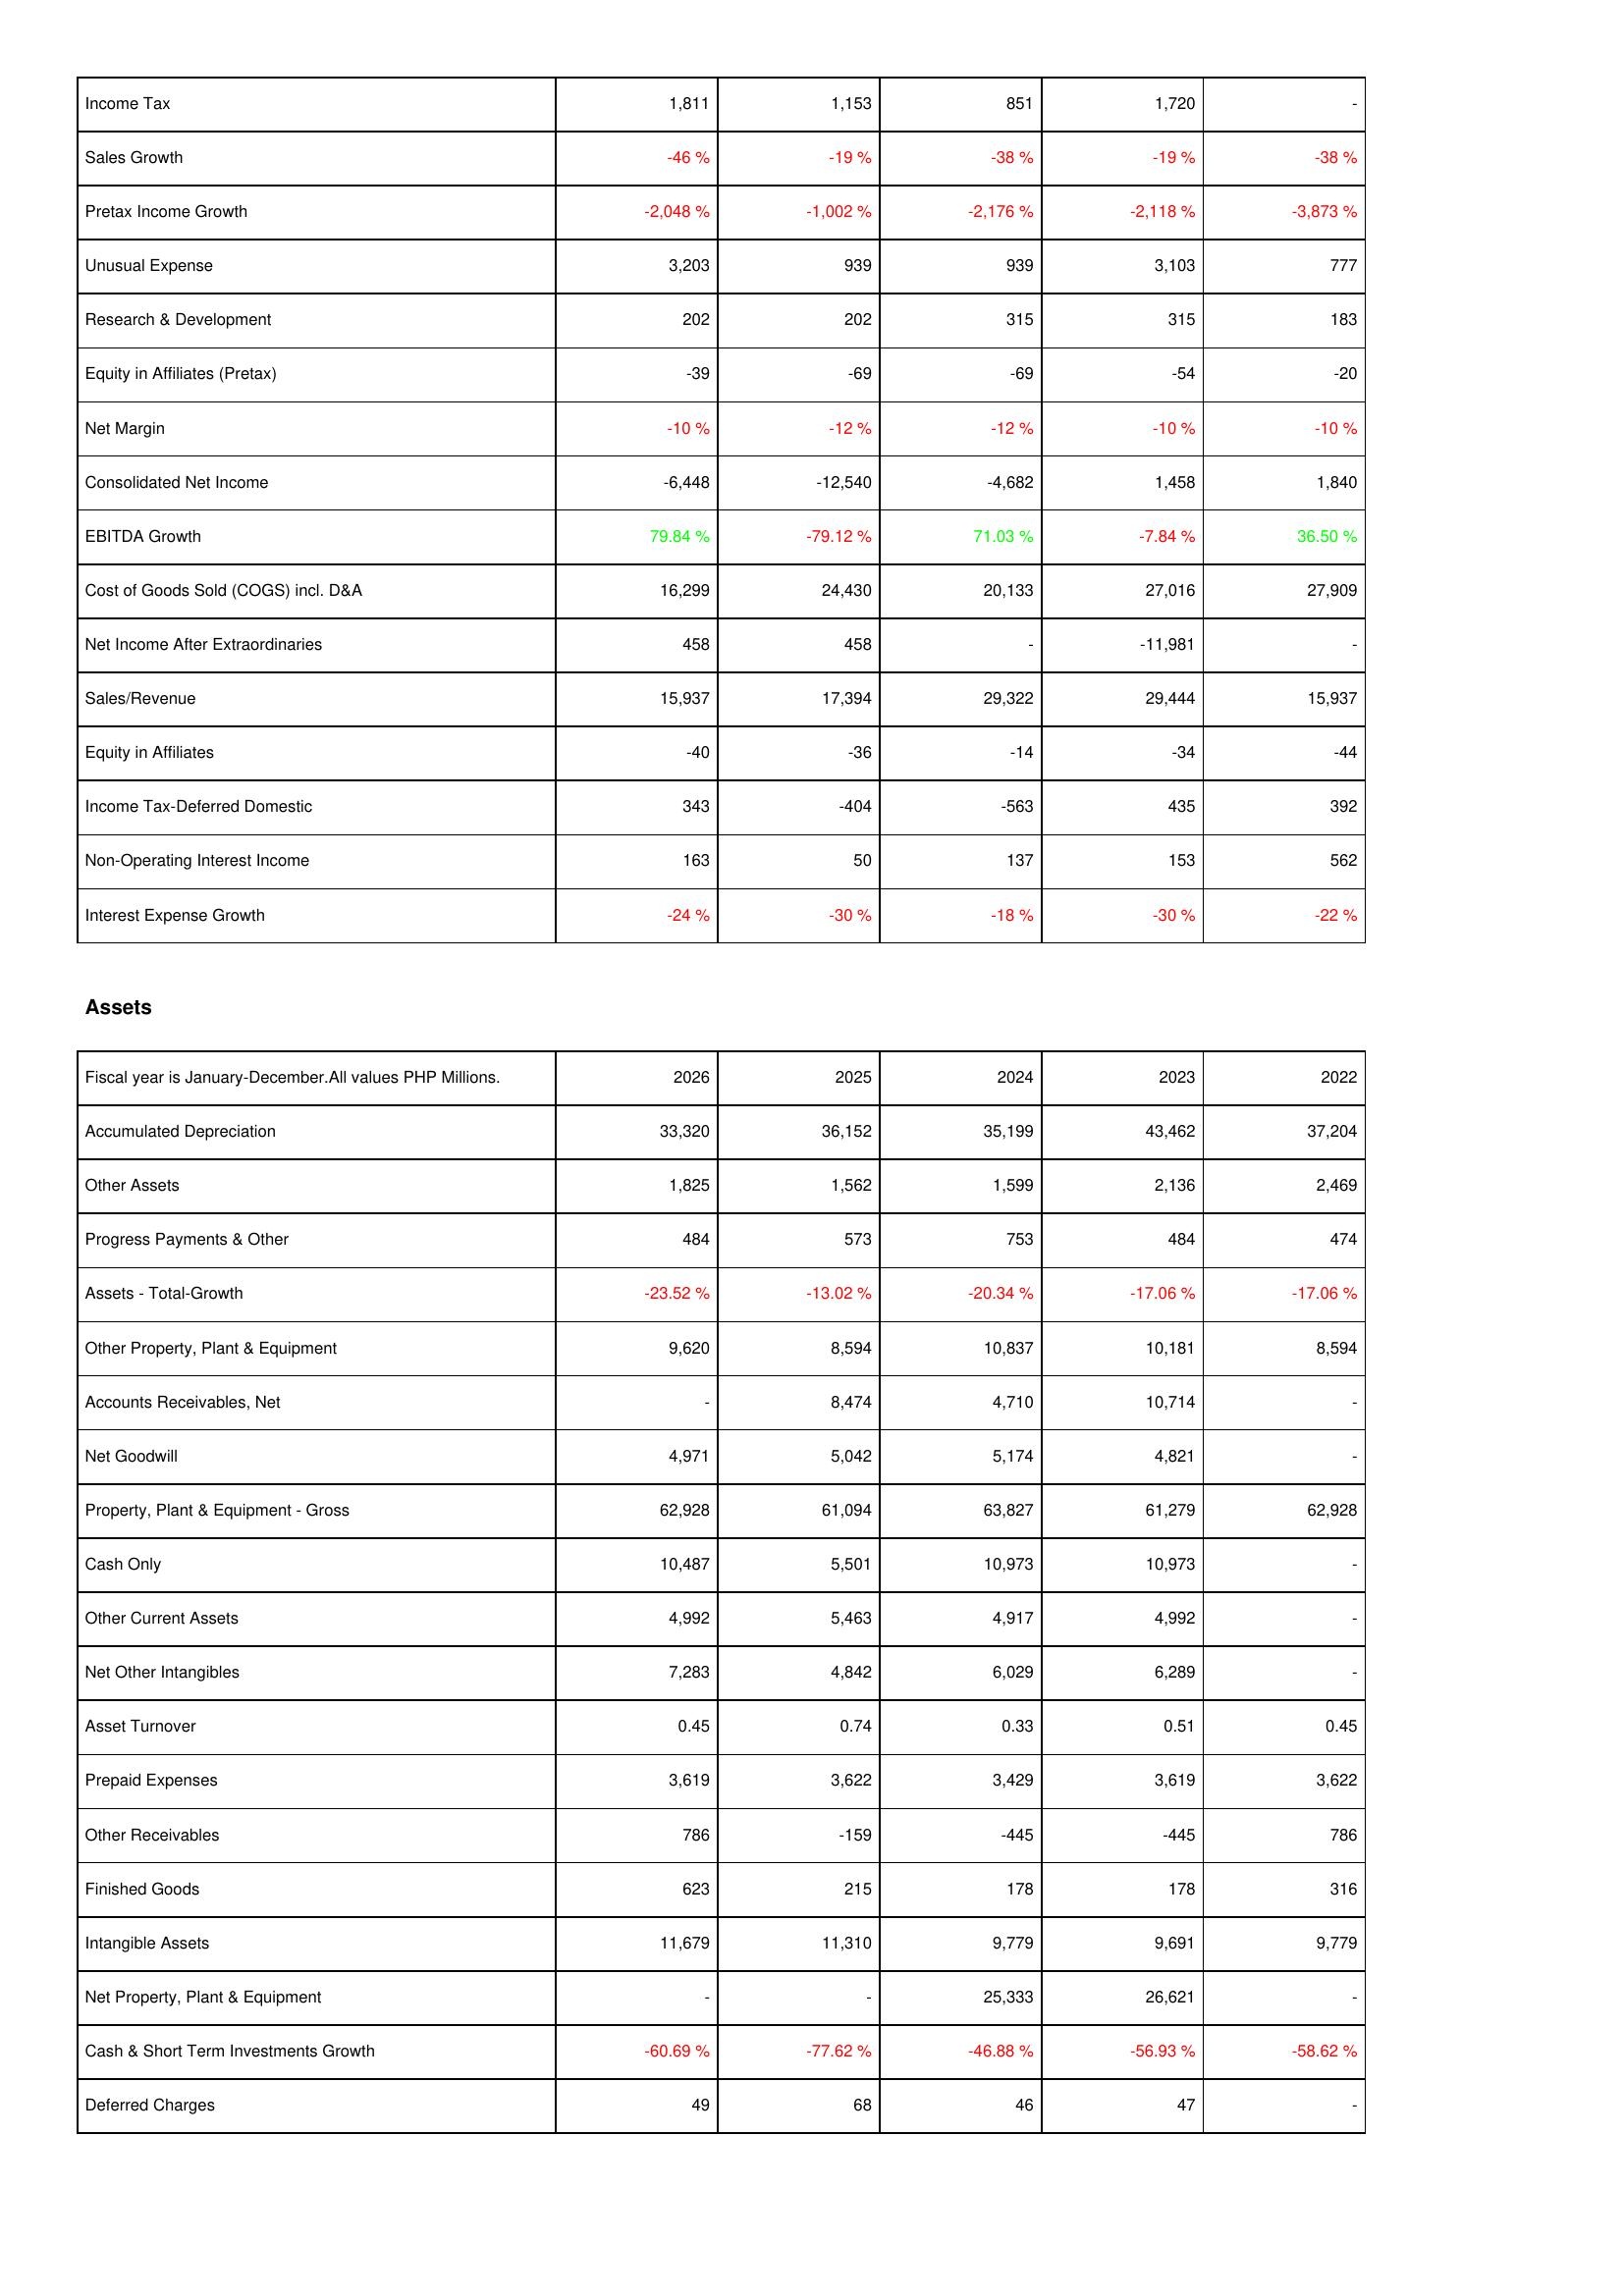
2026: Income Statement: Income Tax: 1,811
Sales Growth: -46 %
Pretax Income Growth: -2,048 %
Unusual Expense: 3,203
Research & Development: 202
Equity in Affiliates (Pretax): -39
Net Margin: -10 %
Consolidated Net Income: -6,448
EBITDA Growth: 79.84 %
Cost of Goods Sold (COGS) incl. D&A: 16,299
Net Income After Extraordinaries: 458
Sales/Revenue: 15,937
Equity in Affiliates: -40
Income Tax-Deferred Domestic: 343
Non-Operating Interest Income: 163
Interest Expense Growth: -24 %
Assets: Accumulated Depreciation: 33,320
Other Assets: 1,825
Progress Payments & Other: 484
Assets - Total-Growth: -23.52 %
Other Property, Plant & Equipment: 9,620
Accounts Receivables, Net: -
Net Goodwill: 4,971
Property, Plant & Equipment - Gross: 62,928
Cash Only: 10,487
Other Current Assets: 4,992
Net Other Intangibles: 7,283
Asset Turnover: 0.45
Prepaid Expenses: 3,619
Other Receivables: 786
Finished Goods: 623
Intangible Assets: 11,679
Net Property, Plant & Equipment: -
Cash & Short Term Investments Growth: -60.69 %
Deferred Charges: 49
2025: Income Statement: Income Tax: 1,153
Sales Growth: -19 %
Pretax Income Growth: -1,002 %
Unusual Expense: 939
Research & Development: 202
Equity in Affiliates (Pretax): -69
Net Margin: -12 %
Consolidated Net Income: -12,540
EBITDA Growth: -79.12 %
Cost of Goods Sold (COGS) incl. D&A: 24,430
Net Income After Extraordinaries: 458
Sales/Revenue: 17,394
Equity in Affiliates: -36
Income Tax-Deferred Domestic: -404
Non-Operating Interest Income: 50
Interest Expense Growth: -30 %
Assets: Accumulated Depreciation: 36,152
Other Assets: 1,562
Progress Payments & Other: 573
Assets - Total-Growth: -13.02 %
Other Property, Plant & Equipment: 8,594
Accounts Receivables, Net: 8,474
Net Goodwill: 5,042
Property, Plant & Equipment - Gross: 61,094
Cash Only: 5,501
Other Current Assets: 5,463
Net Other Intangibles: 4,842
Asset Turnover: 0.74
Prepaid Expenses: 3,622
Other Receivables: -159
Finished Goods: 215
Intangible Assets: 11,310
Net Property, Plant & Equipment: -
Cash & Short Term Investments Growth: -77.62 %
Deferred Charges: 68
2024: Income Statement: Income Tax: 851
Sales Growth: -38 %
Pretax Income Growth: -2,176 %
Unusual Expense: 939
Research & Development: 315
Equity in Affiliates (Pretax): -69
Net Margin: -12 %
Consolidated Net Income: -4,682
EBITDA Growth: 71.03 %
Cost of Goods Sold (COGS) incl. D&A: 20,133
Net Income After Extraordinaries: -
Sales/Revenue: 29,322
Equity in Affiliates: -14
Income Tax-Deferred Domestic: -563
Non-Operating Interest Income: 137
Interest Expense Growth: -18 %
Assets: Accumulated Depreciation: 35,199
Other Assets: 1,599
Progress Payments & Other: 753
Assets - Total-Growth: -20.34 %
Other Property, Plant & Equipment: 10,837
Accounts Receivables, Net: 4,710
Net Goodwill: 5,174
Property, Plant & Equipment - Gross: 63,827
Cash Only: 10,973
Other Current Assets: 4,917
Net Other Intangibles: 6,029
Asset Turnover: 0.33
Prepaid Expenses: 3,429
Other Receivables: -445
Finished Goods: 178
Intangible Assets: 9,779
Net Property, Plant & Equipment: 25,333
Cash & Short Term Investments Growth: -46.88 %
Deferred Charges: 46
2023: Income Statement: Income Tax: 1,720
Sales Growth: -19 %
Pretax Income Growth: -2,118 %
Unusual Expense: 3,103
Research & Development: 315
Equity in Affiliates (Pretax): -54
Net Margin: -10 %
Consolidated Net Income: 1,458
EBITDA Growth: -7.84 %
Cost of Goods Sold (COGS) incl. D&A: 27,016
Net Income After Extraordinaries: -11,981
Sales/Revenue: 29,444
Equity in Affiliates: -34
Income Tax-Deferred Domestic: 435
Non-Operating Interest Income: 153
Interest Expense Growth: -30 %
Assets: Accumulated Depreciation: 43,462
Other Assets: 2,136
Progress Payments & Other: 484
Assets - Total-Growth: -17.06 %
Other Property, Plant & Equipment: 10,181
Accounts Receivables, Net: 10,714
Net Goodwill: 4,821
Property, Plant & Equipment - Gross: 61,279
Cash Only: 10,973
Other Current Assets: 4,992
Net Other Intangibles: 6,289
Asset Turnover: 0.51
Prepaid Expenses: 3,619
Other Receivables: -445
Finished Goods: 178
Intangible Assets: 9,691
Net Property, Plant & Equipment: 26,621
Cash & Short Term Investments Growth: -56.93 %
Deferred Charges: 47
2022: Income Statement: Income Tax: -
Sales Growth: -38 %
Pretax Income Growth: -3,873 %
Unusual Expense: 777
Research & Development: 183
Equity in Affiliates (Pretax): -20
Net Margin: -10 %
Consolidated Net Income: 1,840
EBITDA Growth: 36.50 %
Cost of Goods Sold (COGS) incl. D&A: 27,909
Net Income After Extraordinaries: -
Sales/Revenue: 15,937
Equity in Affiliates: -44
Income Tax-Deferred Domestic: 392
Non-Operating Interest Income: 562
Interest Expense Growth: -22 %
Assets: Accumulated Depreciation: 37,204
Other Assets: 2,469
Progress Payments & Other: 474
Assets - Total-Growth: -17.06 %
Other Property, Plant & Equipment: 8,594
Accounts Receivables, Net: -
Net Goodwill: -
Property, Plant & Equipment - Gross: 62,928
Cash Only: -
Other Current Assets: -
Net Other Intangibles: -
Asset Turnover: 0.45
Prepaid Expenses: 3,622
Other Receivables: 786
Finished Goods: 316
Intangible Assets: 9,779
Net Property, Plant & Equipment: -
Cash & Short Term Investments Growth: -58.62 %
Deferred Charges: -